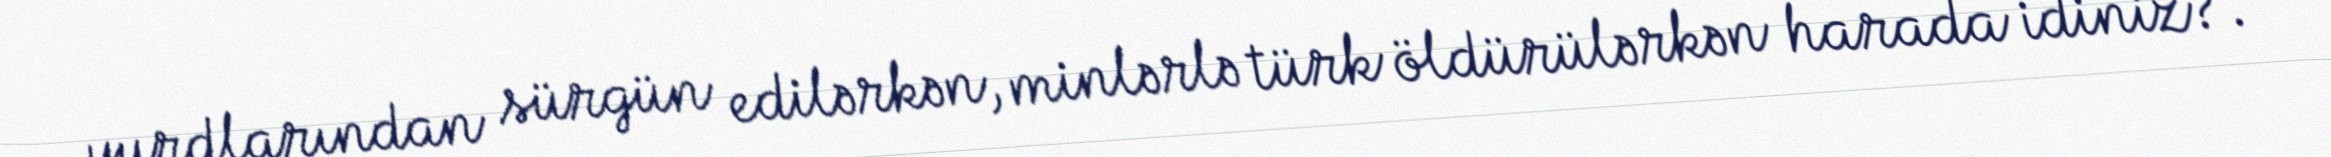
yurdlarından sürgün edilərkən, minlərlə türk öldürülərkən harada idiniz?.